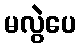
မလွဲပေ